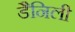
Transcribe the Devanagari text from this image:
डैनिली